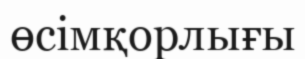
өсімқорлығы